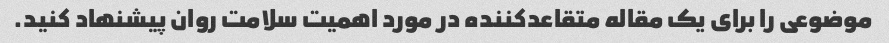
موضوعی را برای یک مقاله متقاعدکننده در مورد اهمیت سلامت روان پیشنهاد کنید.